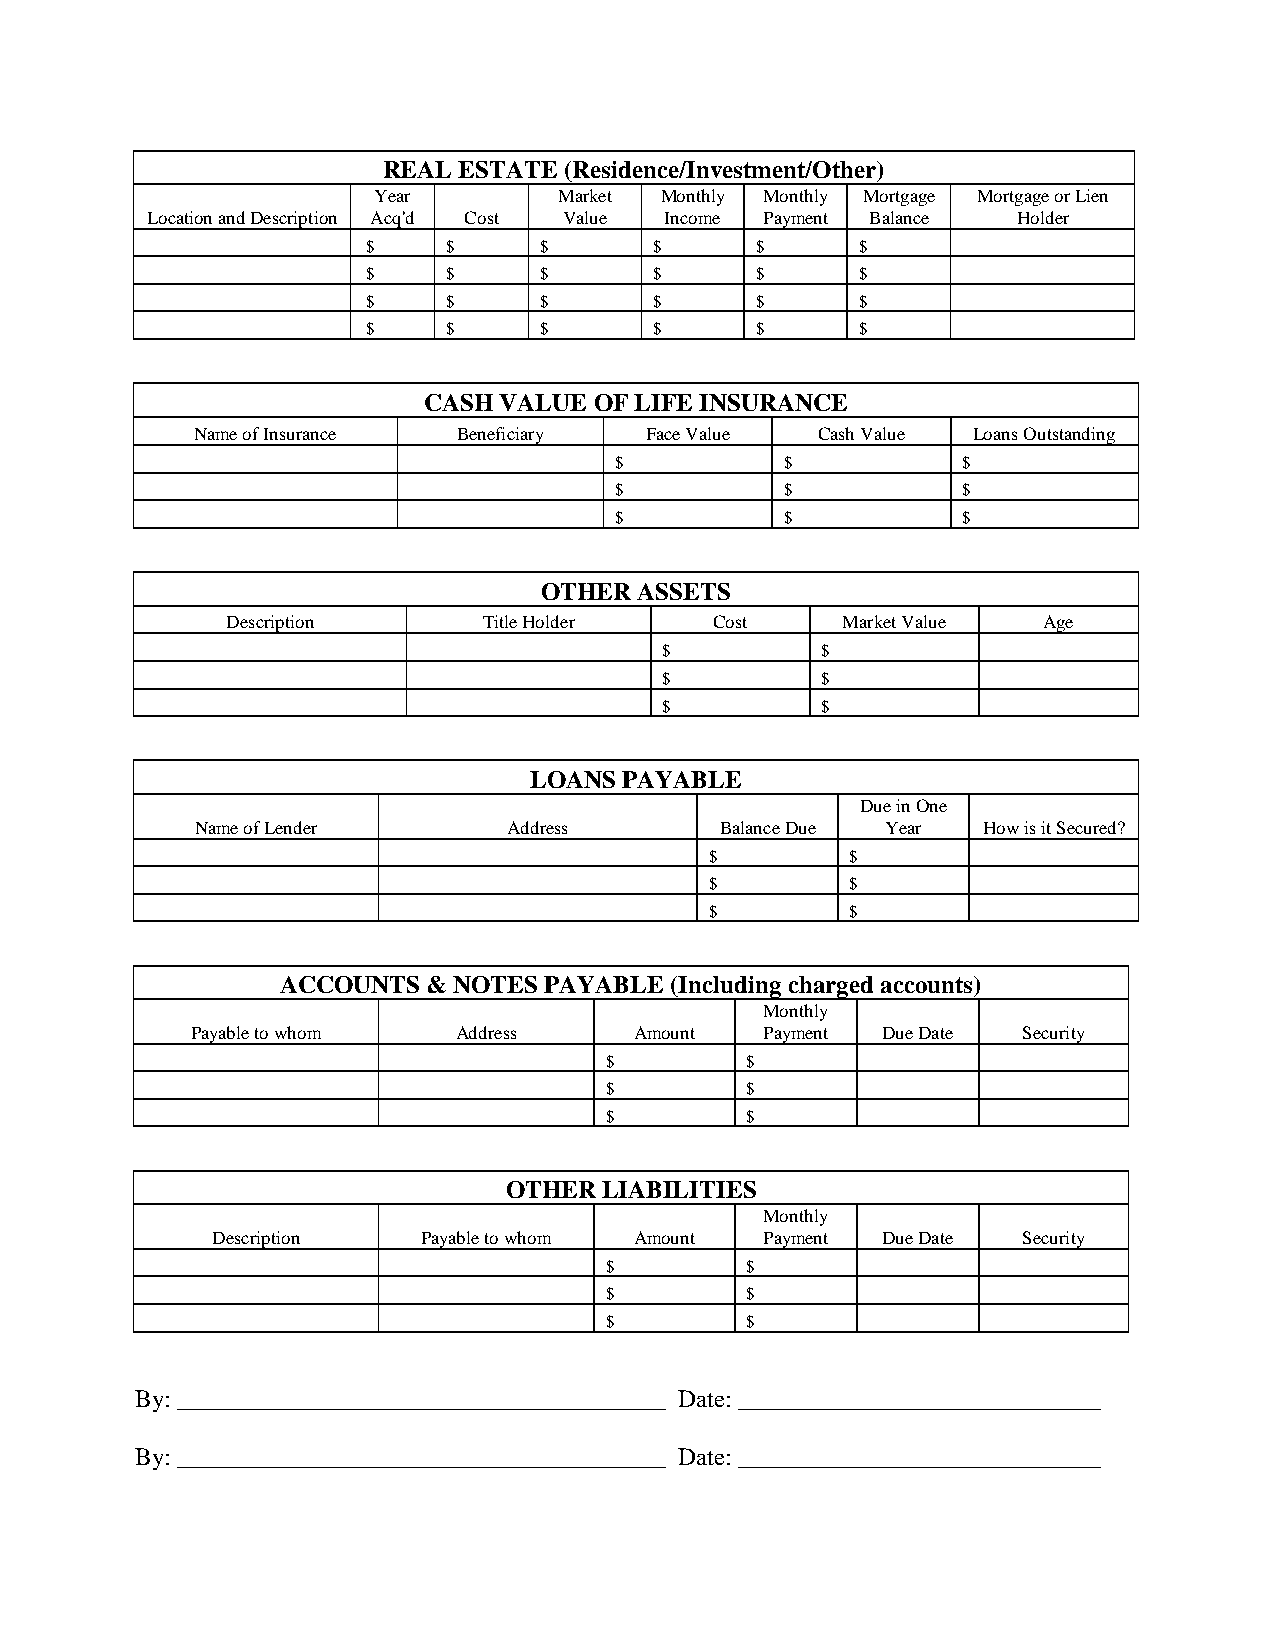
REAL ESTATE (Residence/Investment/Other)
 Year        Market Monthly Monthly Mortgage Mortgage or Lien
 Location and Description Acq'd Cost Value Income Payment Balance Holder
 $     $     $      $      $      $
 $     $     $      $      $      $
 $     $     $      $      $      $
 $     $     $      $      $      $
 CASH VALUE OF LIFE INSURANCE
 Name of Insurance Beneficiary Face Value Cash Value Loans Outstanding
 $          $           $
 $          $           $
 $          $           $
 OTHER ASSETS
 Description      Title Holder   Cost     Market Value Age
 $         $
 $         $
 $         $
 LOANS PAYABLE
 Due in One
 Name of Lender       Address       Balance Due Year How is it Secured?
 $        $
 $        $
 $        $
 ACCOUNTS & NOTES PAYABLE (Including charged accounts)
 Monthly
 Payable to whom  Address     Amount   Payment Due Date Security
 $        $
 $        $
 $        $
 OTHER  LIABILITIES
 Monthly
 Description   Payable to whom Amount Payment Due Date Security
 $        $
 $        $
 $        $
 By: _______________________________________ Date: _____________________________
 By: _______________________________________ Date: _____________________________